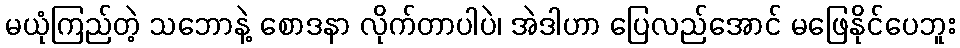
မယုံကြည်တဲ့ သဘောနဲ့ စောဒနာ လိုက်တာပါပဲ၊ အဲဒါဟာ ပြေလည်အောင် မဖြေနိုင်ပေဘူး